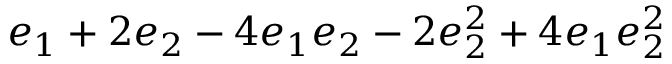
\displaystyle e _ { 1 } + 2 e _ { 2 } - 4 e _ { 1 } e _ { 2 } - 2 e _ { 2 } ^ { 2 } + 4 e _ { 1 } e _ { 2 } ^ { 2 }